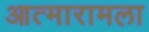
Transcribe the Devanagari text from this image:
आत्मारामला